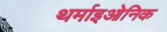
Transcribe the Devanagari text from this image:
थर्माइओनिक